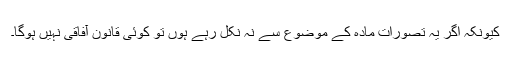
کیونکہ اگر یہ تصورات مادہ کے موضوع سے نہ نکل رہے ہوں تو کوئی قانون آفاقی نہیں ہوگا۔